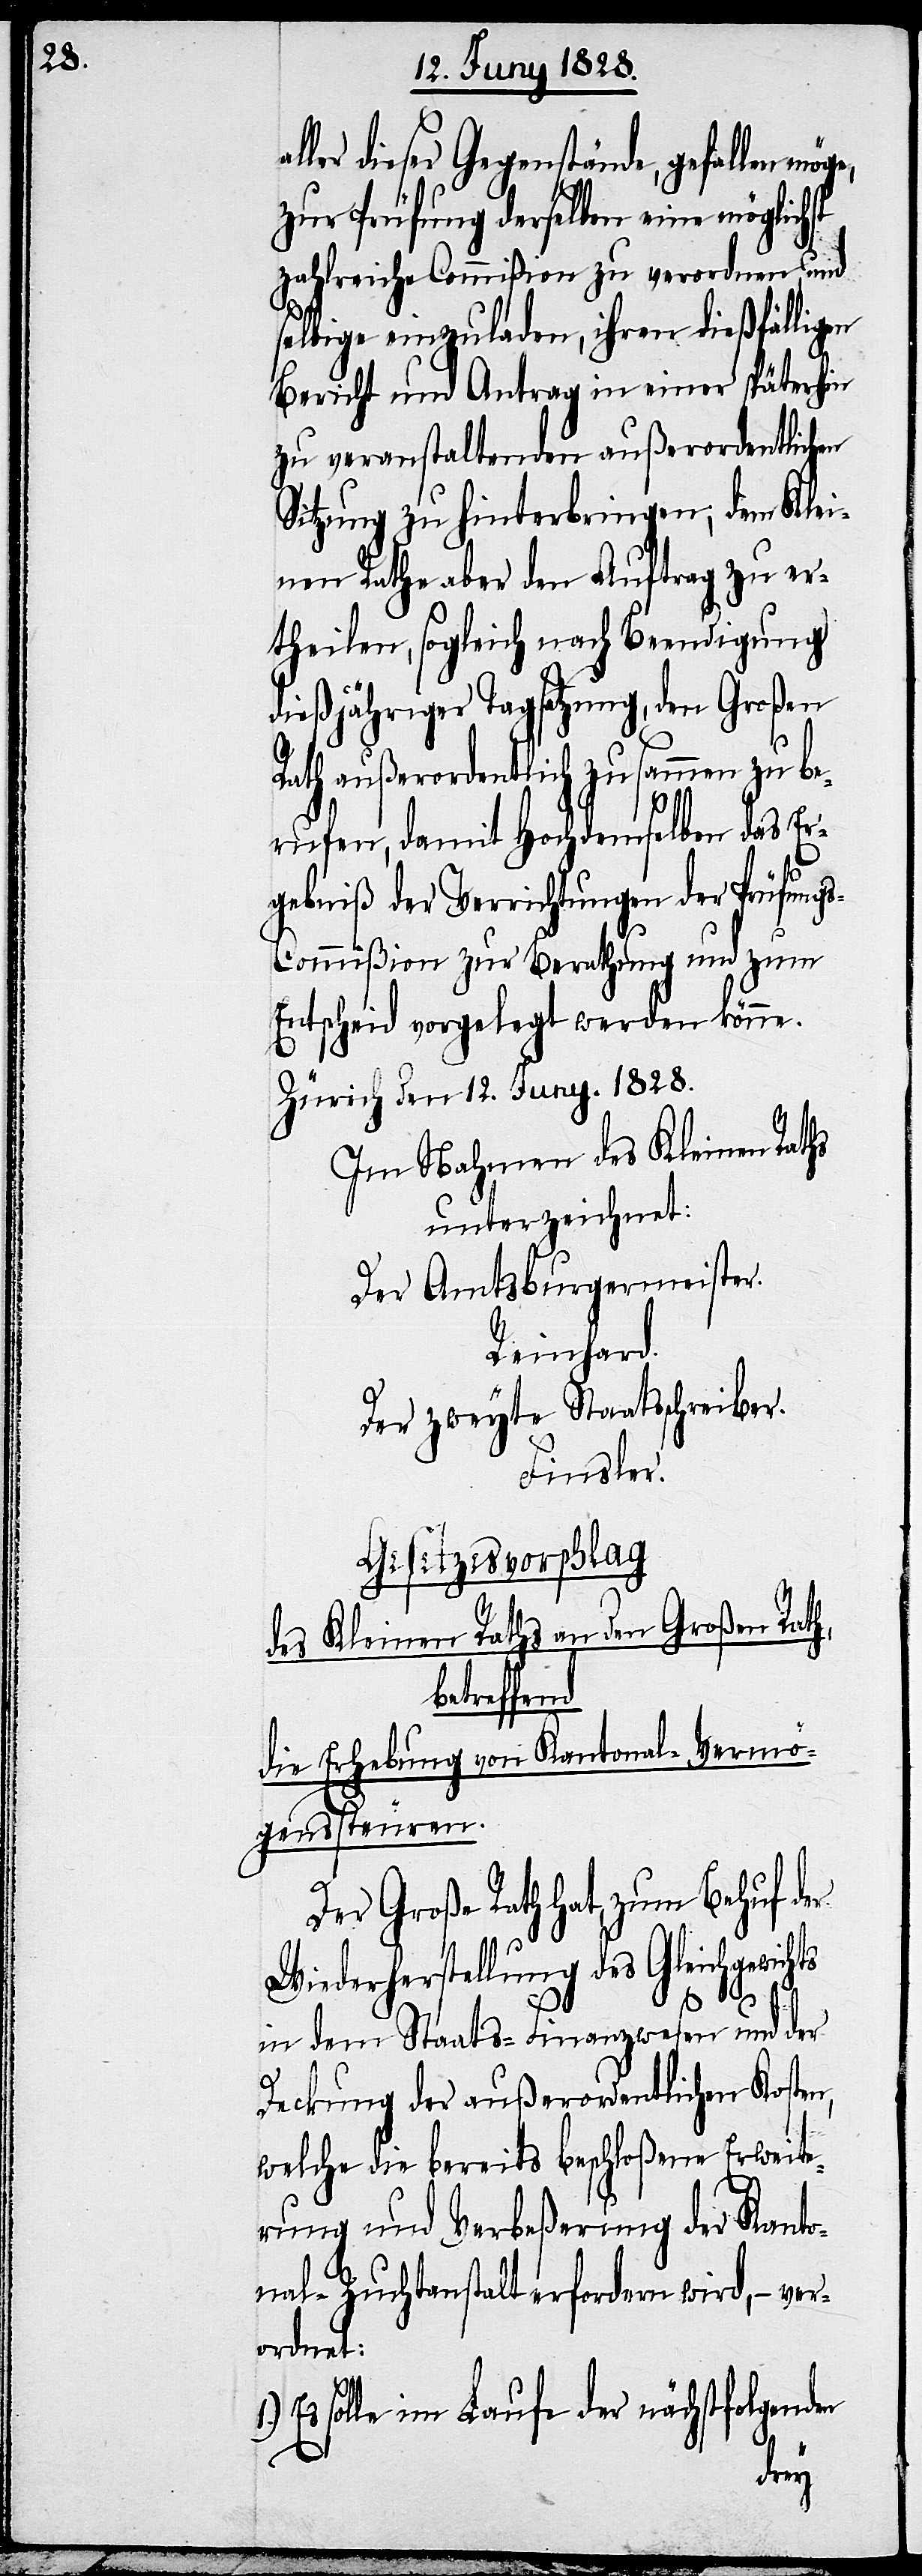
ler dieser Gegenstände, gefallen
zur Prüfung derselben eine möglichst
zahlreiche Commißion zu verordnen, und
selbige einzuladen, ihren dießfälligen
Bericht und Antrag in einer späterhin
zu veranstaltenden außerordentlichen
Sitzung zu hinterbringen, dem Klei¬
nen Rathe aber den Auftrag zu er¬
theilen, sogleich nach Beendigung
dießjähriger Tagsatzung, den Großen
Rath außerordentlich zusammen zu be¬
rufen, damit Hochdemselben das Er¬
gebniß der Verrichtungen der Prüfung¬
s-Commißion zur Berathung und zum
Entscheid vorgelegt werden könne.
Zürich den 12. Juny. 1828.
Im Nahmen des Kleinen Raths
unterzeichnet:
Der Amtsburgermeister.
Reinhard.
Der zweyte Staatsschreiber.
Finsler.
Gesetzesvorschlag
des Kleinen Raths an den Großen Rath,
betreffend
die Erhebung von Kantonal-Vermö¬
genssteuren
nal-Z¬
Der Große Rath hat, zum Behuf der
Wiederherstellung des Gleichgewichts
al¬
in dem Staats-Finanzwesen und der
Deckung der außerordentlichen Kosten,
welche die bereits beschloßene Erweite¬
rung und Verbeßerung der Kanto¬
uchthausanstalt erfordern wird, – ver¬
ordnet:
Es solle im Laufe der nächstfolgenden